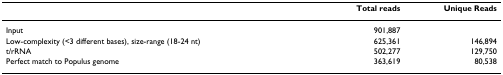
<table><thead><tr><td></td><td><b>Total reads</b></td><td><b>Unique Reads</b></td></tr></thead><tbody><tr><td>Input</td><td>901,887</td><td></td></tr><tr><td>Low-complexity (<i>&lt;</i>3 different bases), size-range (18-24 nt)</td><td>625,361</td><td>146,894</td></tr><tr><td>t/rRNA</td><td>502,277</td><td>129,750</td></tr><tr><td>Perfect match to Populus genome</td><td>363,619</td><td>80,538</td></tr></tbody></table>